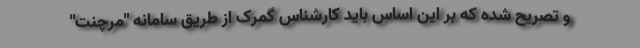
و تصریح شده که بر این اساس باید کارشناس گمرک از طریق سامانه "مرچنت"